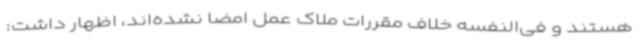
هستند و فی‌النفسه خلاف مقررات ملاک عمل امضا نشده‌اند، اظهار داشت: